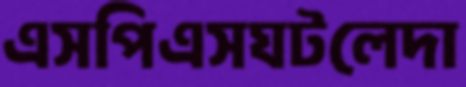
এসপিএসঘটলেদা